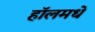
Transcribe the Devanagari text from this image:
हॉलमधे